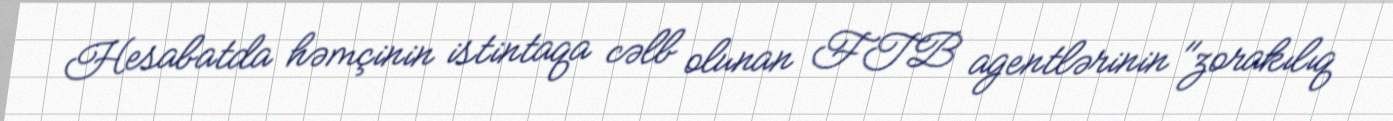
Hesabatda həmçinin istintaqa cəlb olunan FTB agentlərinin "zorakılıq